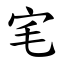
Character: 宒